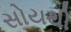
સોયથી